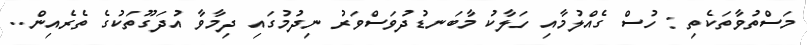
މަސްތުވާތަކެތި : ހުސް ގެއްލުމާއި ހަލާކު މާބަނޑުދުވަސްވަރު ނިދުމުގައި ދިމާވާ އުދަގޫތަކުގެ ތެރެއިން..